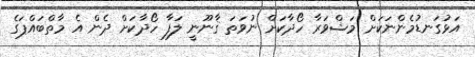
އަޅުގަނޑުމެންނަކަށް މަޝްވަރާ ހޯދާކަށް ނުވަތަ ޤާނޫނީ ލަފާ ހޯދާކަށް ދެން އެ މާތްބައްޕަގެ